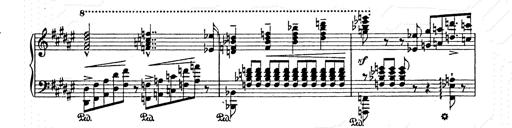
Title: AnnÃ©es de pÃ¨lerinage II
Composer: Franz Liszt